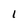
Character: I